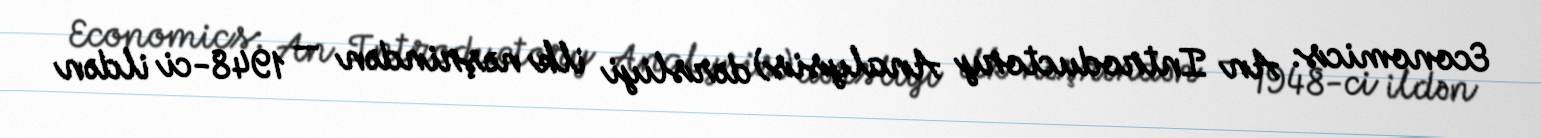
Economics: An Introductory Analysis) dərsliyi ilk nəşrindən — 1948-ci ildən